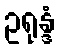
ဥရုန္ဒံ